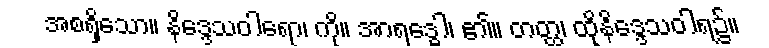
အစရှိသော။ နိဒ္ဒေသဝါရော၊ ကို။ အာရဒ္ဓေါ၊ ၏။ တတ္ထ၊ ထိုနိဒ္ဒေသဝါရ၌။